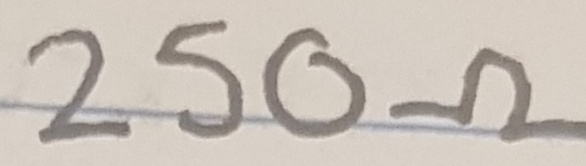
Text: 250Ω